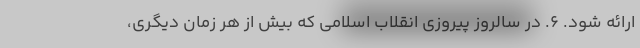
ارائه شود. ۶. در سالروز پیروزی انقلاب اسلامی که بیش از هر زمان دیگری،